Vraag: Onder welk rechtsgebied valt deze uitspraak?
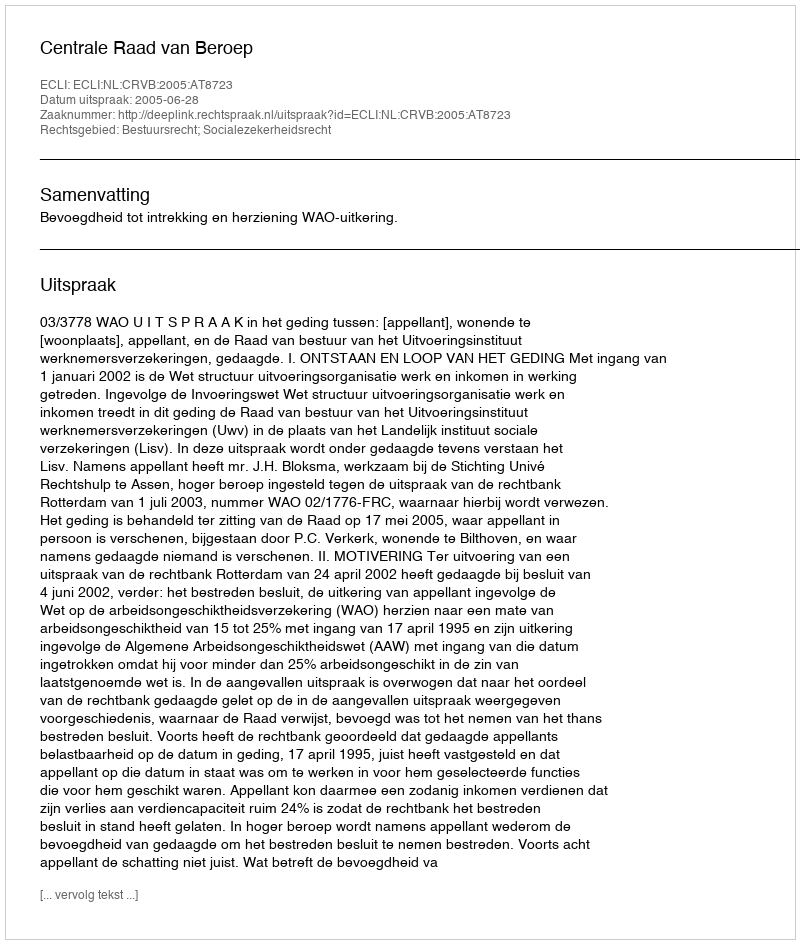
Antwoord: Bestuursrecht; Socialezekerheidsrecht